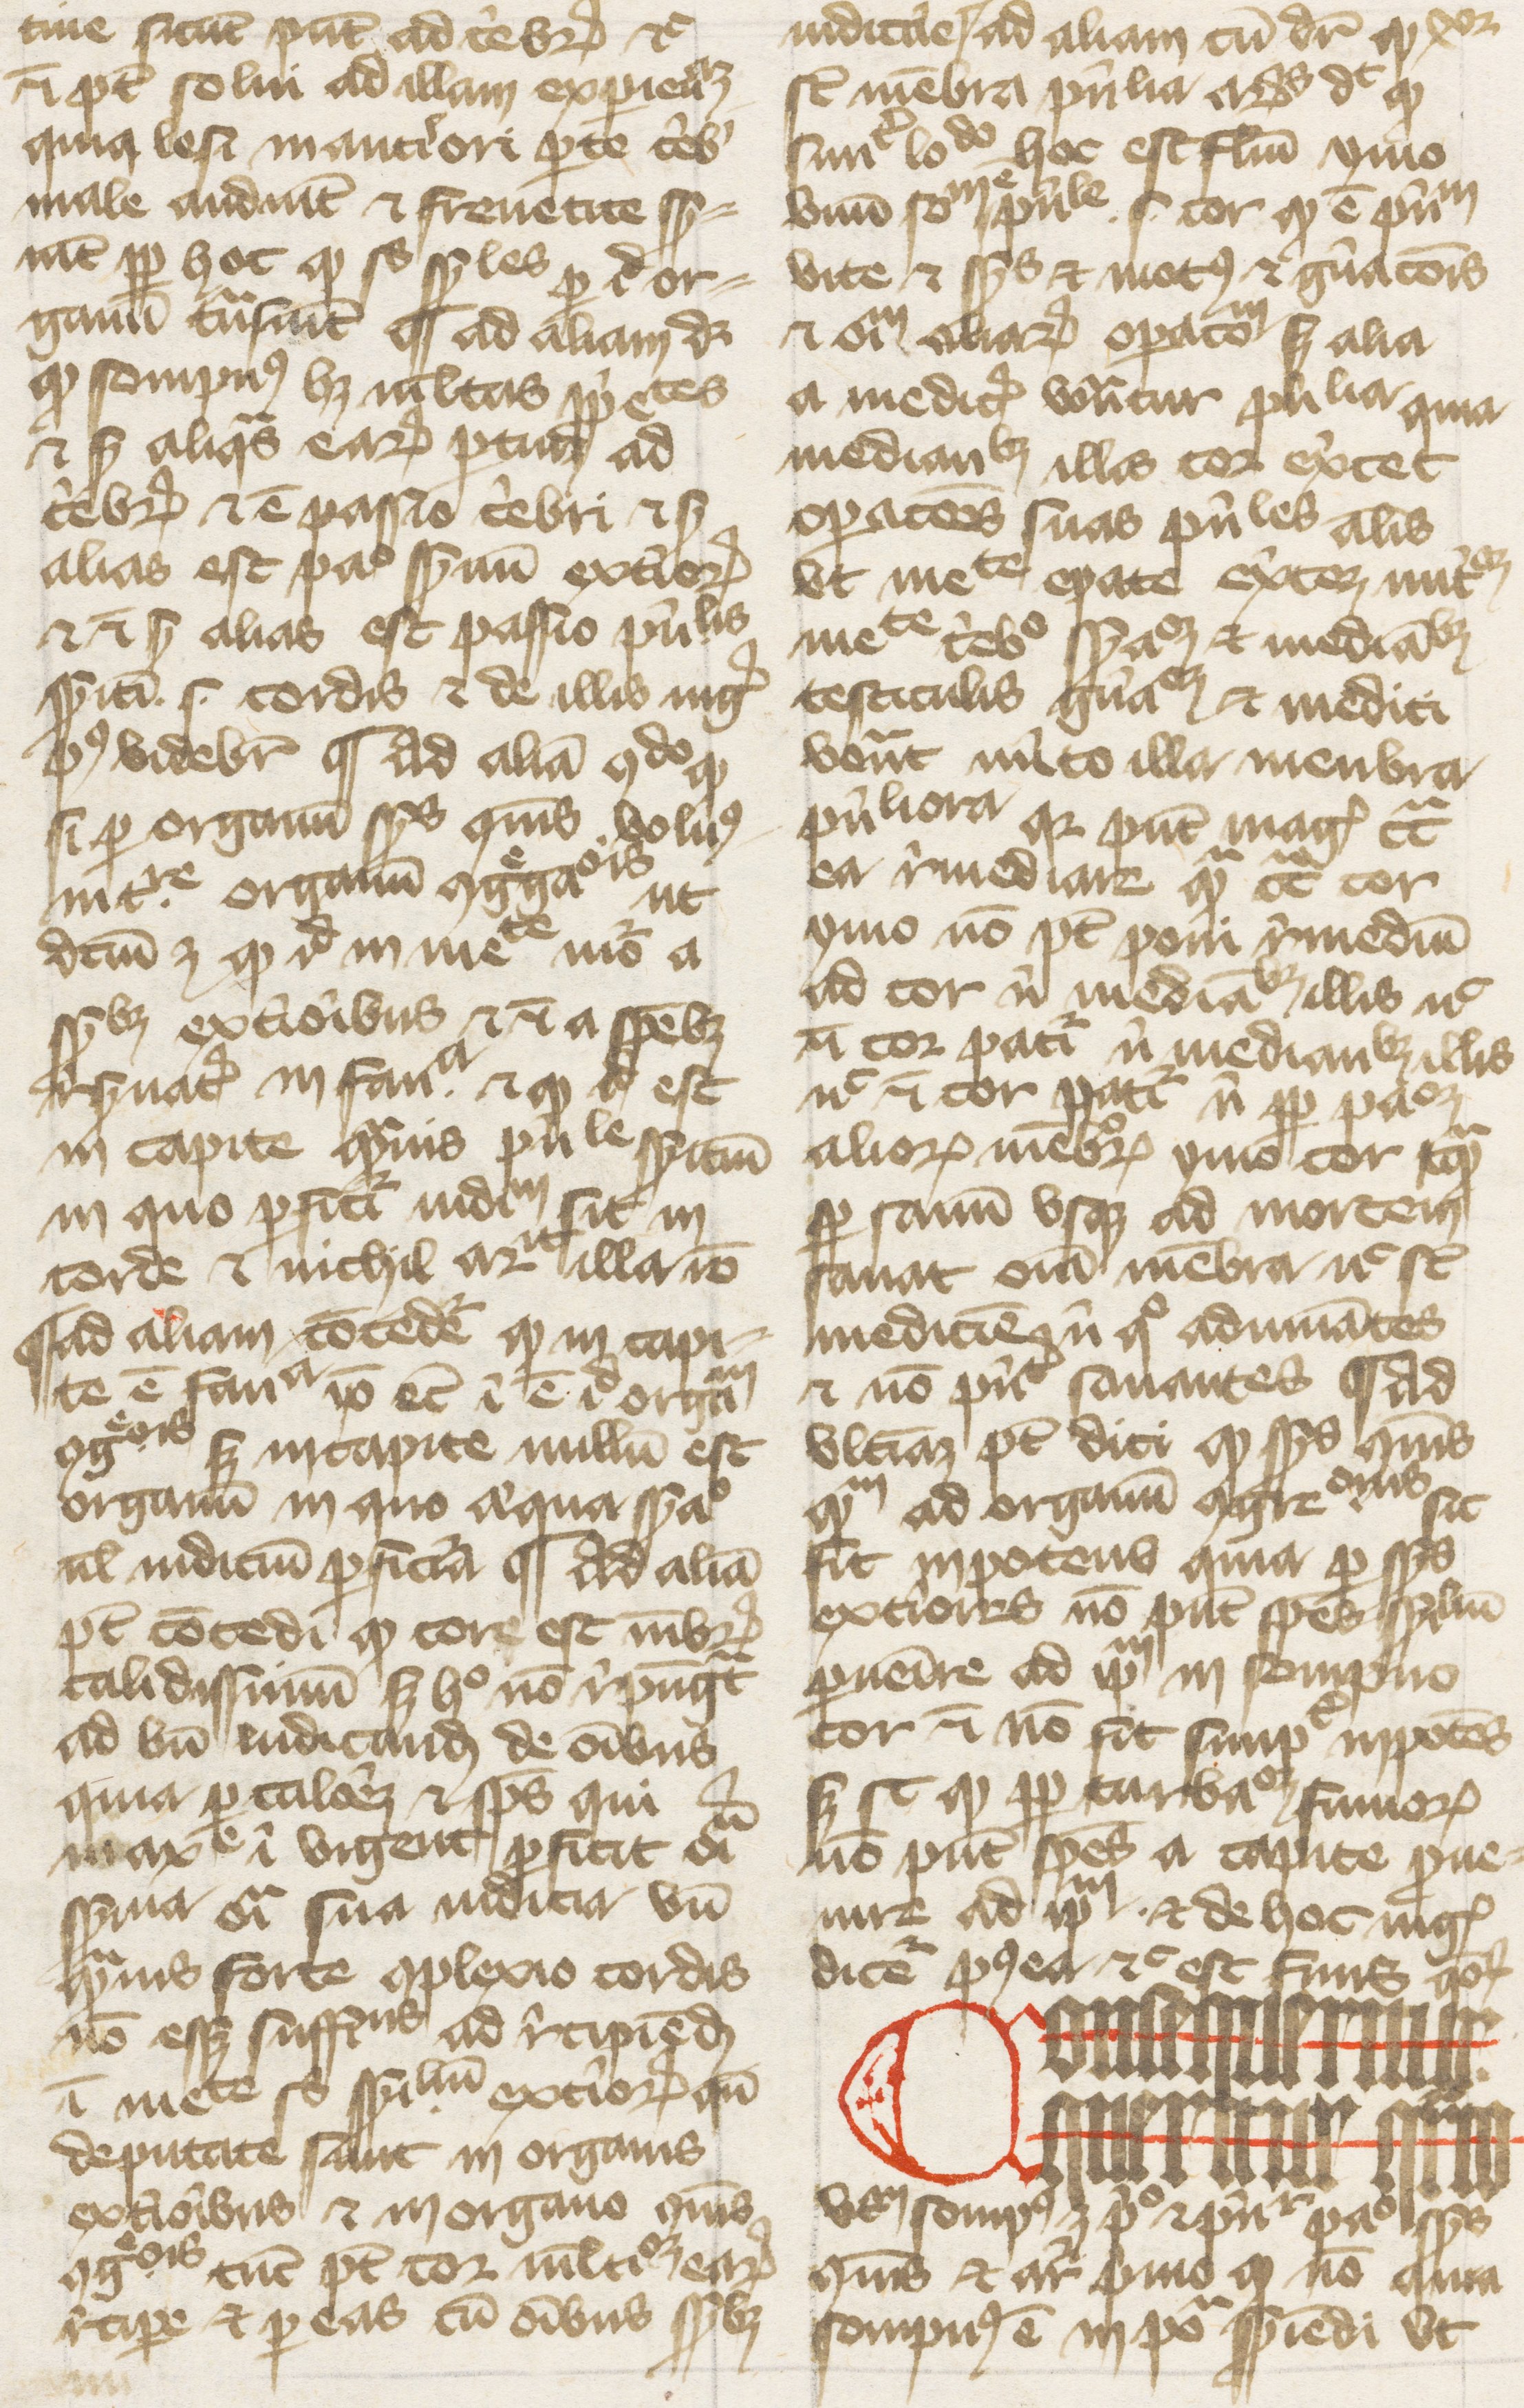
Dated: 1374–1374